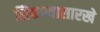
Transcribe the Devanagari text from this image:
शिकण्यासारखे